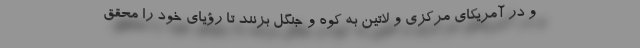
و در آمریکای مرکزی و لاتین به کوه و جنگل بزنند تا رؤیای خود را محقق